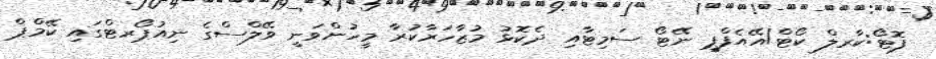
ފޮޓޯ:ކާރލް ކޯޓް/އޭއެފްޕީ ނޭޓޯ ސަމިޓާއި ދެކޮޅު މުޒާހަރާކުރާ މީހުންވަނީ ވޭލްސްގެ ނިއުޕޯރޓްގައި ކޭމްޕް